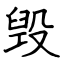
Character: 毁